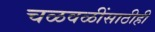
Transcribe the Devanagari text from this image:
चळवळींसाठीही